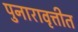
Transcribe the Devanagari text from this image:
पुनारावृत्तीत